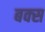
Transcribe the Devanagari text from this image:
बक्‍स